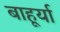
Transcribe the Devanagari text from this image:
बाहूर्या